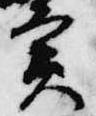
実